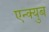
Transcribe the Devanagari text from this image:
एन्क्युब